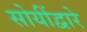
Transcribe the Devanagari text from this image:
सोयींद्वारे